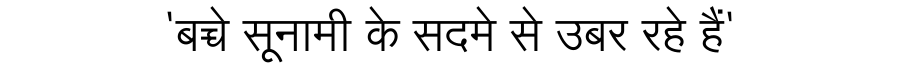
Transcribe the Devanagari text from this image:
'बच्चे सूनामी के सदमे से उबर रहे हैं'